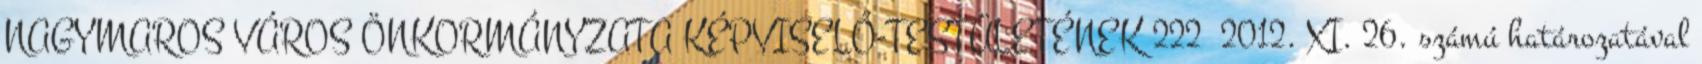
NAGYMAROS VÁROS ÖNKORMÁNYZATA KÉPVISELŐ-TESTÜLETÉNEK 222 2012. XI. 26. számú határozatával